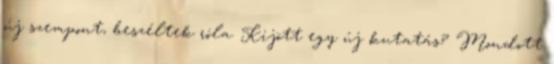
új szempont, beszéltek róla. Kijött egy új kutatás? Mondott